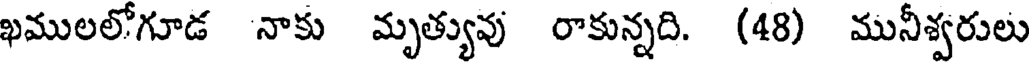
ఖములలోగూడ నాకు మృత్యువు రాకున్నది. (48) మునీశ్వరులు